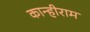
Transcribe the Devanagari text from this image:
कान्हीराम